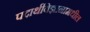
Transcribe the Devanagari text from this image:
पदार्थविज्ञानामधील